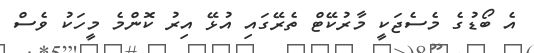
އެ ބޯޑުގެ މެސެޖަކީ މާރުކޭޓް ތެރޭގައި އުޅޭ އިރު ކޮންމެ މީހަކު ވެސް